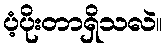
ပံ့ပိုးတာရှိသလဲ။